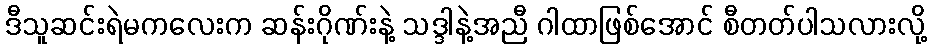
ဒီသူဆင်းရဲမကလေးက ဆန်းဂိုဏ်းနဲ့ သဒ္ဒါနဲ့အညီ ဂါထာဖြစ်အောင် စီတတ်ပါသလားလို့